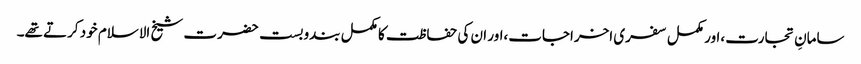
سامانِ تجارت ،اور مکمل سفری اخراجات،اور ان کی حفاظت کا مکمل بندوبست حضرت شیخ الاسلام خود کرتے تھے۔